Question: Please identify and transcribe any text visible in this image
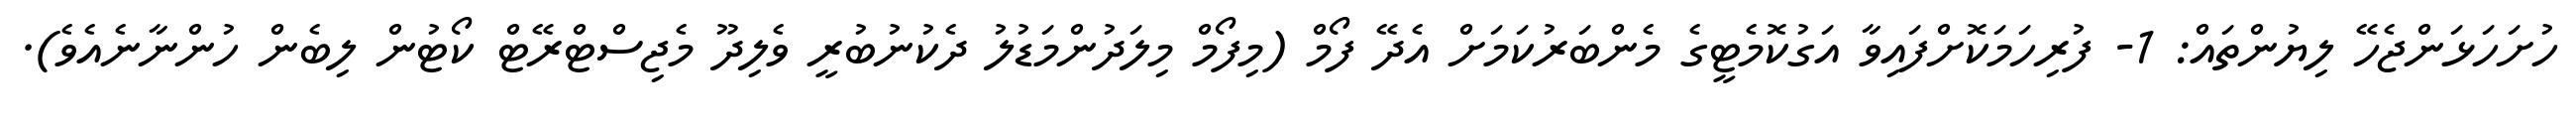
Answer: ހުށަހަޅަންޖެހޭ ލިޔުންތައް: 1- ފުރިހަމަކޮށްފައިވާ އަގުކޮމެޓީގެ މެންބަރުކަމަށް އެދޭ ފޯމް (މިފޯމް މިލަދުންމަޑުލު ދެކުނުބުރީ ވެލިދޫ މެޖިސްޓްރޭޓް ކޯޓުން ލިބެން ހުންނާނެއެވެ).